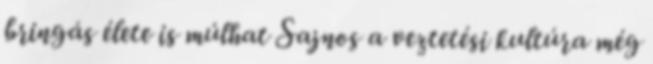
bringás élete is múlhat Sajnos a veztetési kultúra még